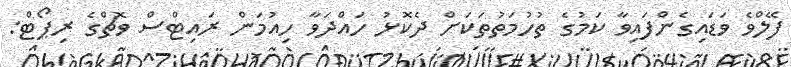
ފޭލްވެ ވަޑައިގެންފައިވާ ކަމުގެ ތުހުމަތުތަކަށް ދެކޮޅު ހައްދަވާ ހިއުމަން ރައިޓްސް ވޮޗްގެ ރިޕޯޓް: